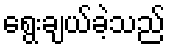
ရွေးချယ်ခဲ့သည်